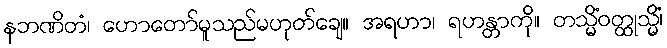
နဘဏိတံ၊ ဟောတော်မူသည်မဟုတ်ချေ။ အရဟာ၊ ရဟန္တာကို။ တသ္မိံဝတ္ထုသ္မိံ၊